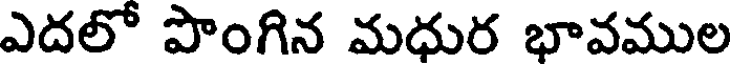
ఎదలో పొంగిన మధుర భావముల